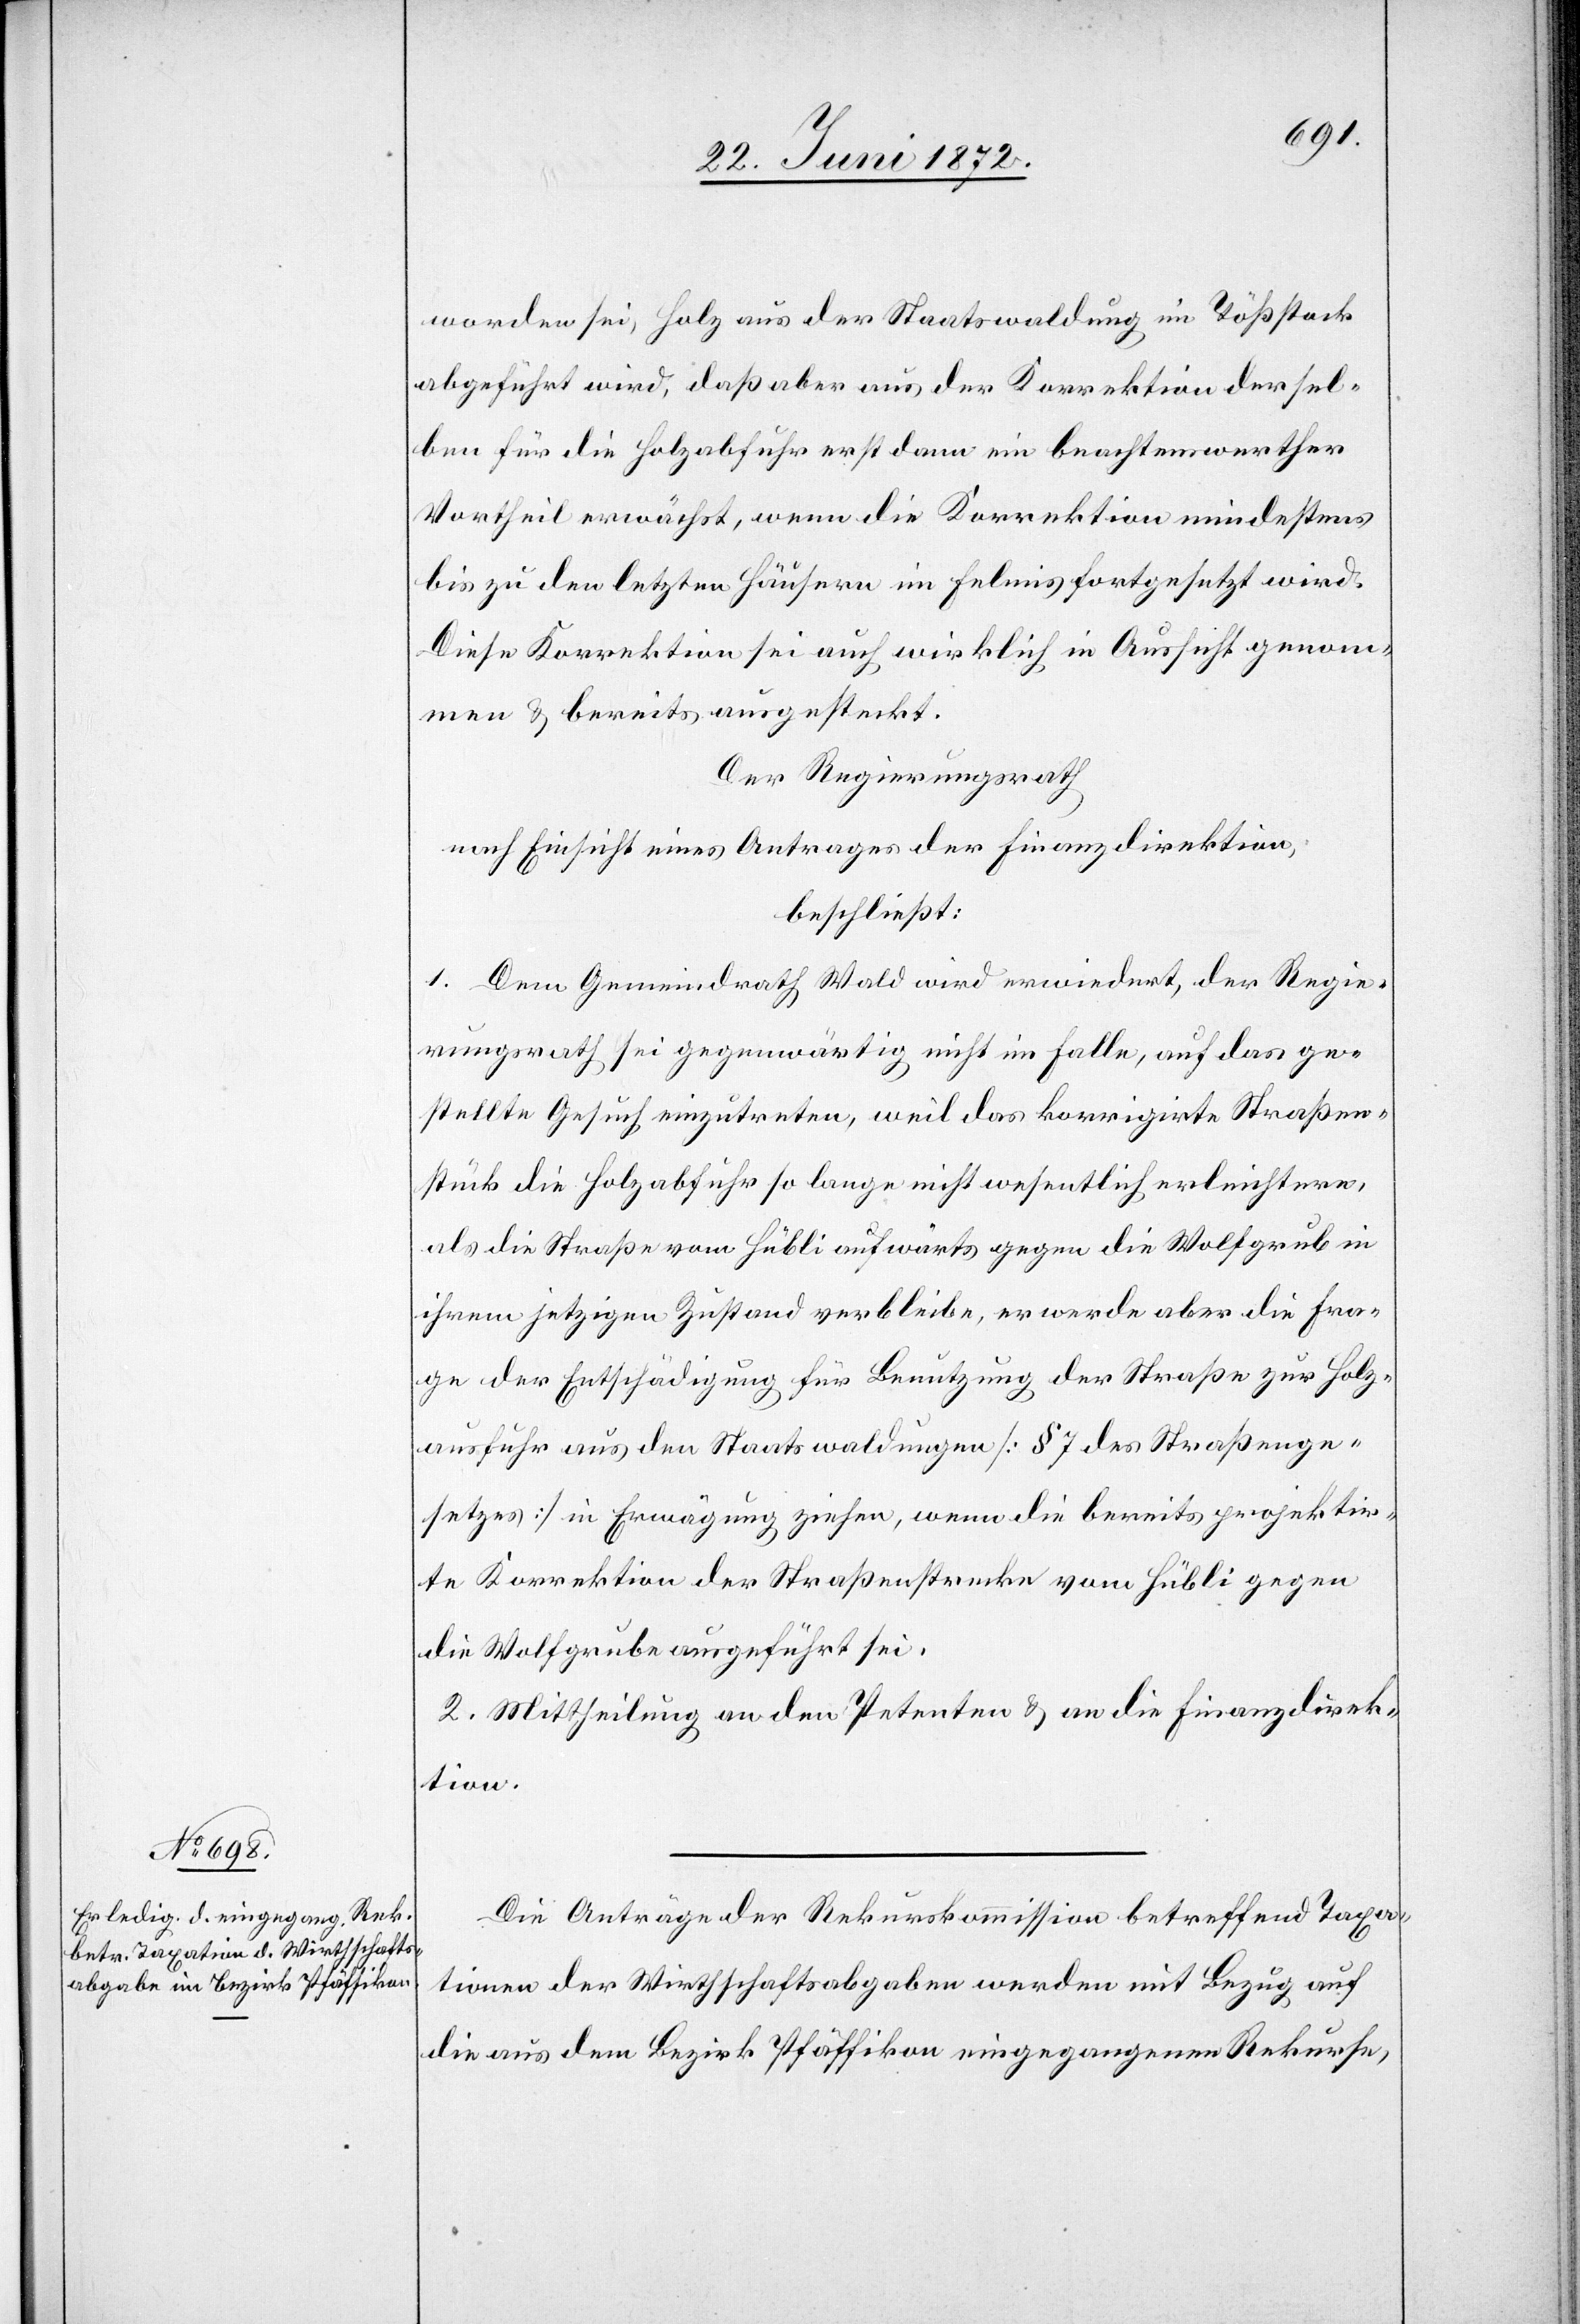
worden sei, Holz aus der Staatswaldung im Tößstock
abgeführt wird, daß aber aus der Korrektion dersel¬
ben für die Holzabfuhr erst dann ein beachtenswerther
Vortheil erwächst, wenn die Korrektion mindestens
bis zu den letzten Häusern im Felmis fortgesetzt wird.
Diese Korrektion sei auch wirklich in Aussicht genom¬
men u. bereits ausgesteckt.
Der Regierungsrath
nach Einsicht eines Antrages der Finanzdirektion,
beschließt:
1. Dem Gemeindrath Wald wird erwiedert, der Regie¬
rungsrath sei gegenwärtig nicht im Falle, auf das ge¬
stellte Gesuch einzutreten, weil das korrigirte Straßen¬
stück die Holzabfuhr so lange nicht wesentlich erleichtere,
als die Straße vom Hübli aufwärts gegen die Wolfgrub in
ihrem jetzigen Zustand verbleibe, es werde aber die Fra¬
ge der Entschädigung für Benutzung der Straße zur Holz¬
ausfuhr aus den Staatswaldungen [§ 7 des Straßenge¬
setzes] in Erwägung ziehen, wenn die bereits projektir¬
te Korrektion der Straßenstrecke vom Hübli gegen
die Wolfgrube ausgeführt sei.
2. Mittheilung an den Petenten u. an die Finanzdirek¬
tion.
Die Anträge der Rekurskommission betreffend Taxa¬
tionen der Wirthschaftsabgaben werden mit Bezug auf
die aus dem Bezirk Pfäffikon eingegangenen Rekurse,